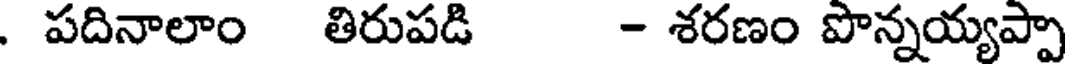
. పదినాలాం తిరుపడి - శరణం పొన్నయ్యప్పా